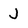
Character: J